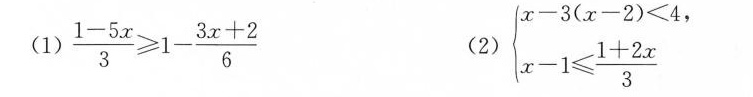
（1）\frac{1-5x}{3}>=1-\frac{3x+2}{6} (2) $$\begin{cases}